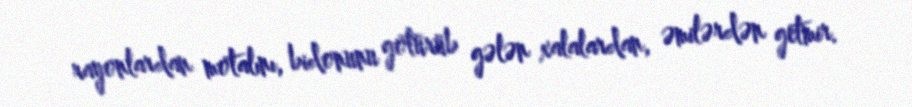
rayonlardan motalını, bidonunu götürüb gələn xalalardan, əmilərdən getmir.